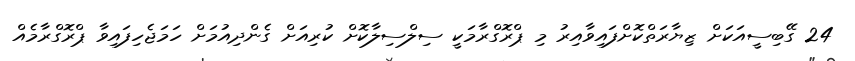
24 ގޭބިސީއަކަށް ޒިޔާރަތްކޮށްފައިވާއިރު މި ޕްރޮގްރާމަކީ ސިލްސިލާކޮށް ކުރިއަށް ގެންދިއުމަށް ހަމަޖެހިފައިވާ ޕްރޮގްރާމެއް